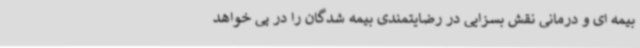
بیمه ای و درمانی نقش بسزایی در رضایتمندی بیمه شدگان را در پی خواهد